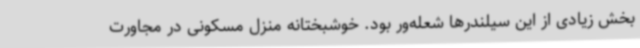
بخش زیادی از این سیلندرها شعله‌ور بود. خوشبختانه منزل مسکونی در مجاورت